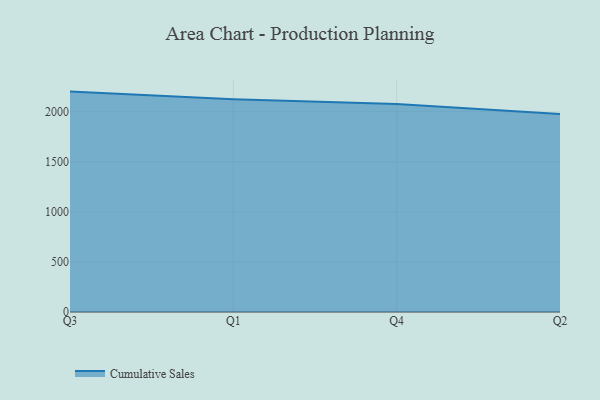
{"axis": {"x": "Quarter", "y": "Churn Rate (%)"}, "legend": ["Cumulative Sales"], "data": [{"x": "Q3", "y": 2201.7, "type": "Cumulative Sales"}, {"x": "Q1", "y": 2126.0, "type": "Cumulative Sales"}, {"x": "Q4", "y": 2078.0, "type": "Cumulative Sales"}, {"x": "Q2", "y": 1979.0, "type": "Cumulative Sales"}]}